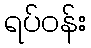
ရပ်ဝန်း